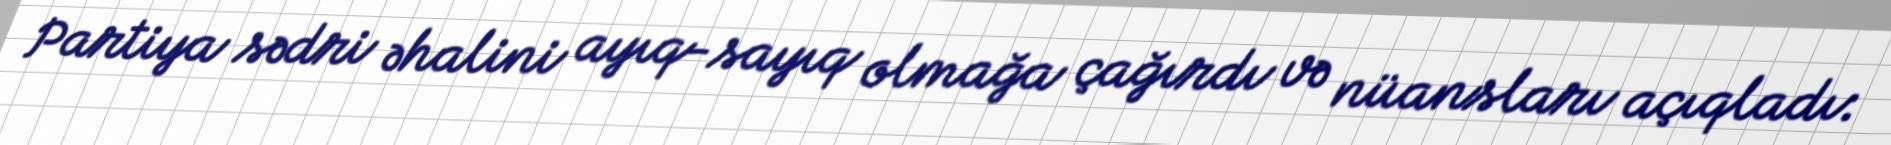
Partiya sədri əhalini ayıq-sayıq olmağa çağırdı və nüansları açıqladı: